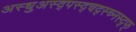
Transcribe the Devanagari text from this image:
अस्धुअस्द्पस्द्चद्स्च्नस्द्फ्